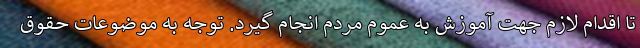
تا اقدام لازم جهت آموزش به عموم مردم انجام گیرد. توجه به موضوعات حقوق